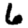
Digit: 6